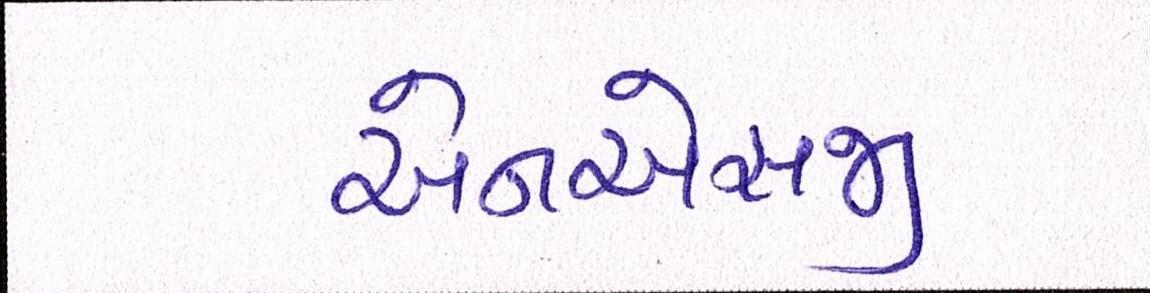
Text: એનએસજી